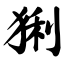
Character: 猁